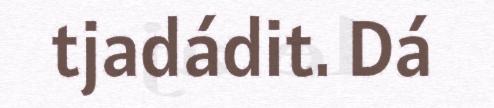
tjadádit. Dá